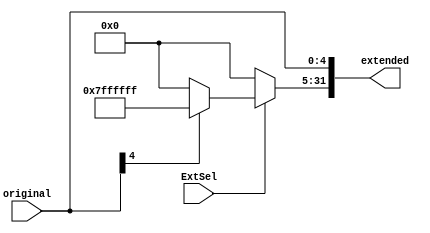
`timescale 1ns / 1ps

module EXT5T32(
    input ExtSel,    // 0: ,  1: 
    input [4:0] original,
    output reg [31:0] extended
    );
    
    always @(*) begin
        extended[4:0] <= original;    // 5
        if(ExtSel == 0) extended[31:5] <= 27'b0;   // 
        else begin    // 
            if(original[4] == 0) extended[31:5] <= 27'b0;
            else extended[31:5] <= 27'h7FFFFFF;
        end
    end
    
endmodule